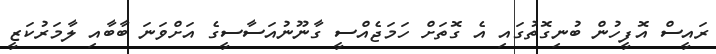
ރައީސް އޮފީހުން ބުނިގޮތުގައި އެ ގޮތަށް ހަމަޖެއްސީ ގާނޫނުއަސާސީގެ އަށްވަނަ ބާބާއި ލާމަރުކަޒީ